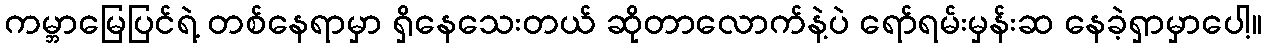
ကမ္ဘာမြေပြင်ရဲ့ တစ်နေရာမှာ ရှိနေသေးတယ် ဆိုတာလောက်နဲ့ပဲ ရော်ရမ်းမှန်းဆ နေခဲ့ရှာမှာပေါ့။